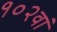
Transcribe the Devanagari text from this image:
१०२वां